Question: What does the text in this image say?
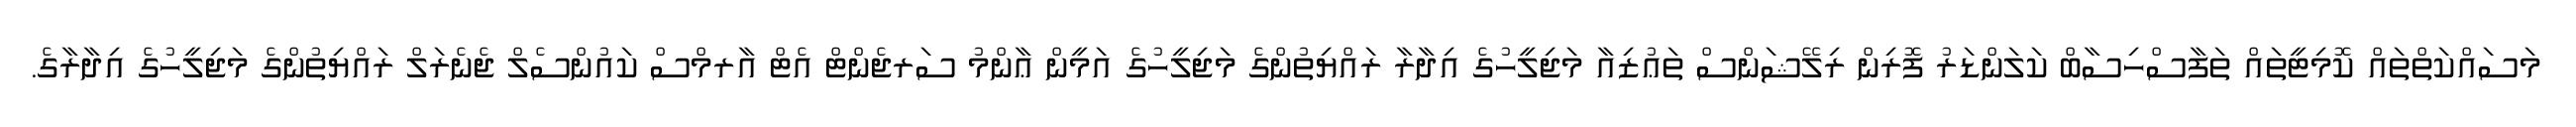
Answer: މަސައްކަތްތައް ކޮމިޓީތައް ތަފާސްހިސާބް ކަލަންޑަރު ފޮރިން ރިލޭޝަންސް ތަޢުޒިއާ މަޖިލީހުގެ އިދާރާ ރައްޔިތުންގެ މަޖިލީހުގެ އަމީން ޢާންމު ސަރޖެންޓް އެޓް އާރމްސް ކައުންސެލް ޖެނެރަލް ރައްޔިތުންގެ މަޖިލީހުގެ އިދާރާގެ.